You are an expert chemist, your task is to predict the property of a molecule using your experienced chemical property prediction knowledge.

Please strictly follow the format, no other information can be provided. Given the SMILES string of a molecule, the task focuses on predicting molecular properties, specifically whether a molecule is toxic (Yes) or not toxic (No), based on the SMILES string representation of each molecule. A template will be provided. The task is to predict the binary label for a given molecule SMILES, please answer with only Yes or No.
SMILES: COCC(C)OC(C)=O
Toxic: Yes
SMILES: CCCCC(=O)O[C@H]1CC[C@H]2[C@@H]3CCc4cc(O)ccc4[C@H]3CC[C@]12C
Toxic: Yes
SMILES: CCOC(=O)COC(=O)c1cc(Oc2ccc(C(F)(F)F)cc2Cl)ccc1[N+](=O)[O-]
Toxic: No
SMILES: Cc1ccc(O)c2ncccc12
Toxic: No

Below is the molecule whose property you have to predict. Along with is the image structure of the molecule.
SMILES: CSSC
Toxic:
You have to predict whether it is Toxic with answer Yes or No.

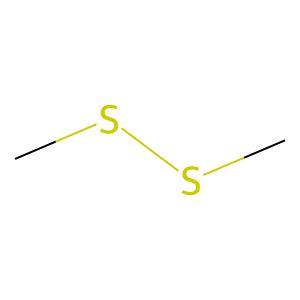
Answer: No